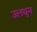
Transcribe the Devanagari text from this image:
उलथुन